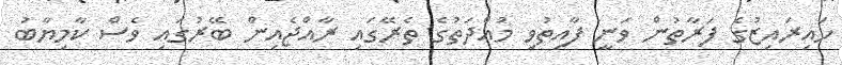
ހައިރައިޒުގެ ފަރާތުން ވަނީ ފާއިތުވި މުއްދަތުގެ ތެރޭގައި ރާއްޖެއިން ބޭރުގައި ވެސް ކާމިޔާބު